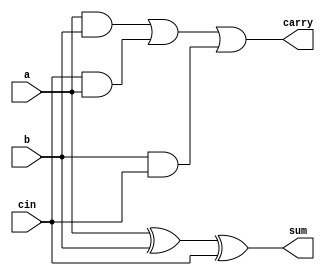
module fulladder(a,b,cin,sum,carry);
input a,b,cin;
output sum,carry;
	assign sum = (a ^ b ^ cin);
	assign carry = (a & b)|(cin & a)|(b & cin);
endmodule